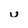
Character: u